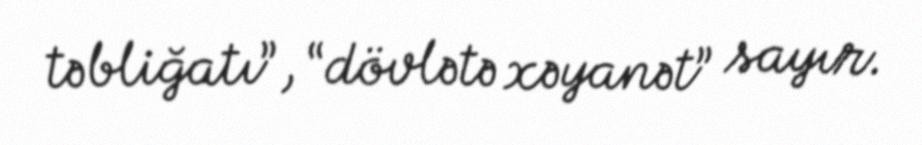
təbliğatı”, “dövlətə xəyanət” sayır.